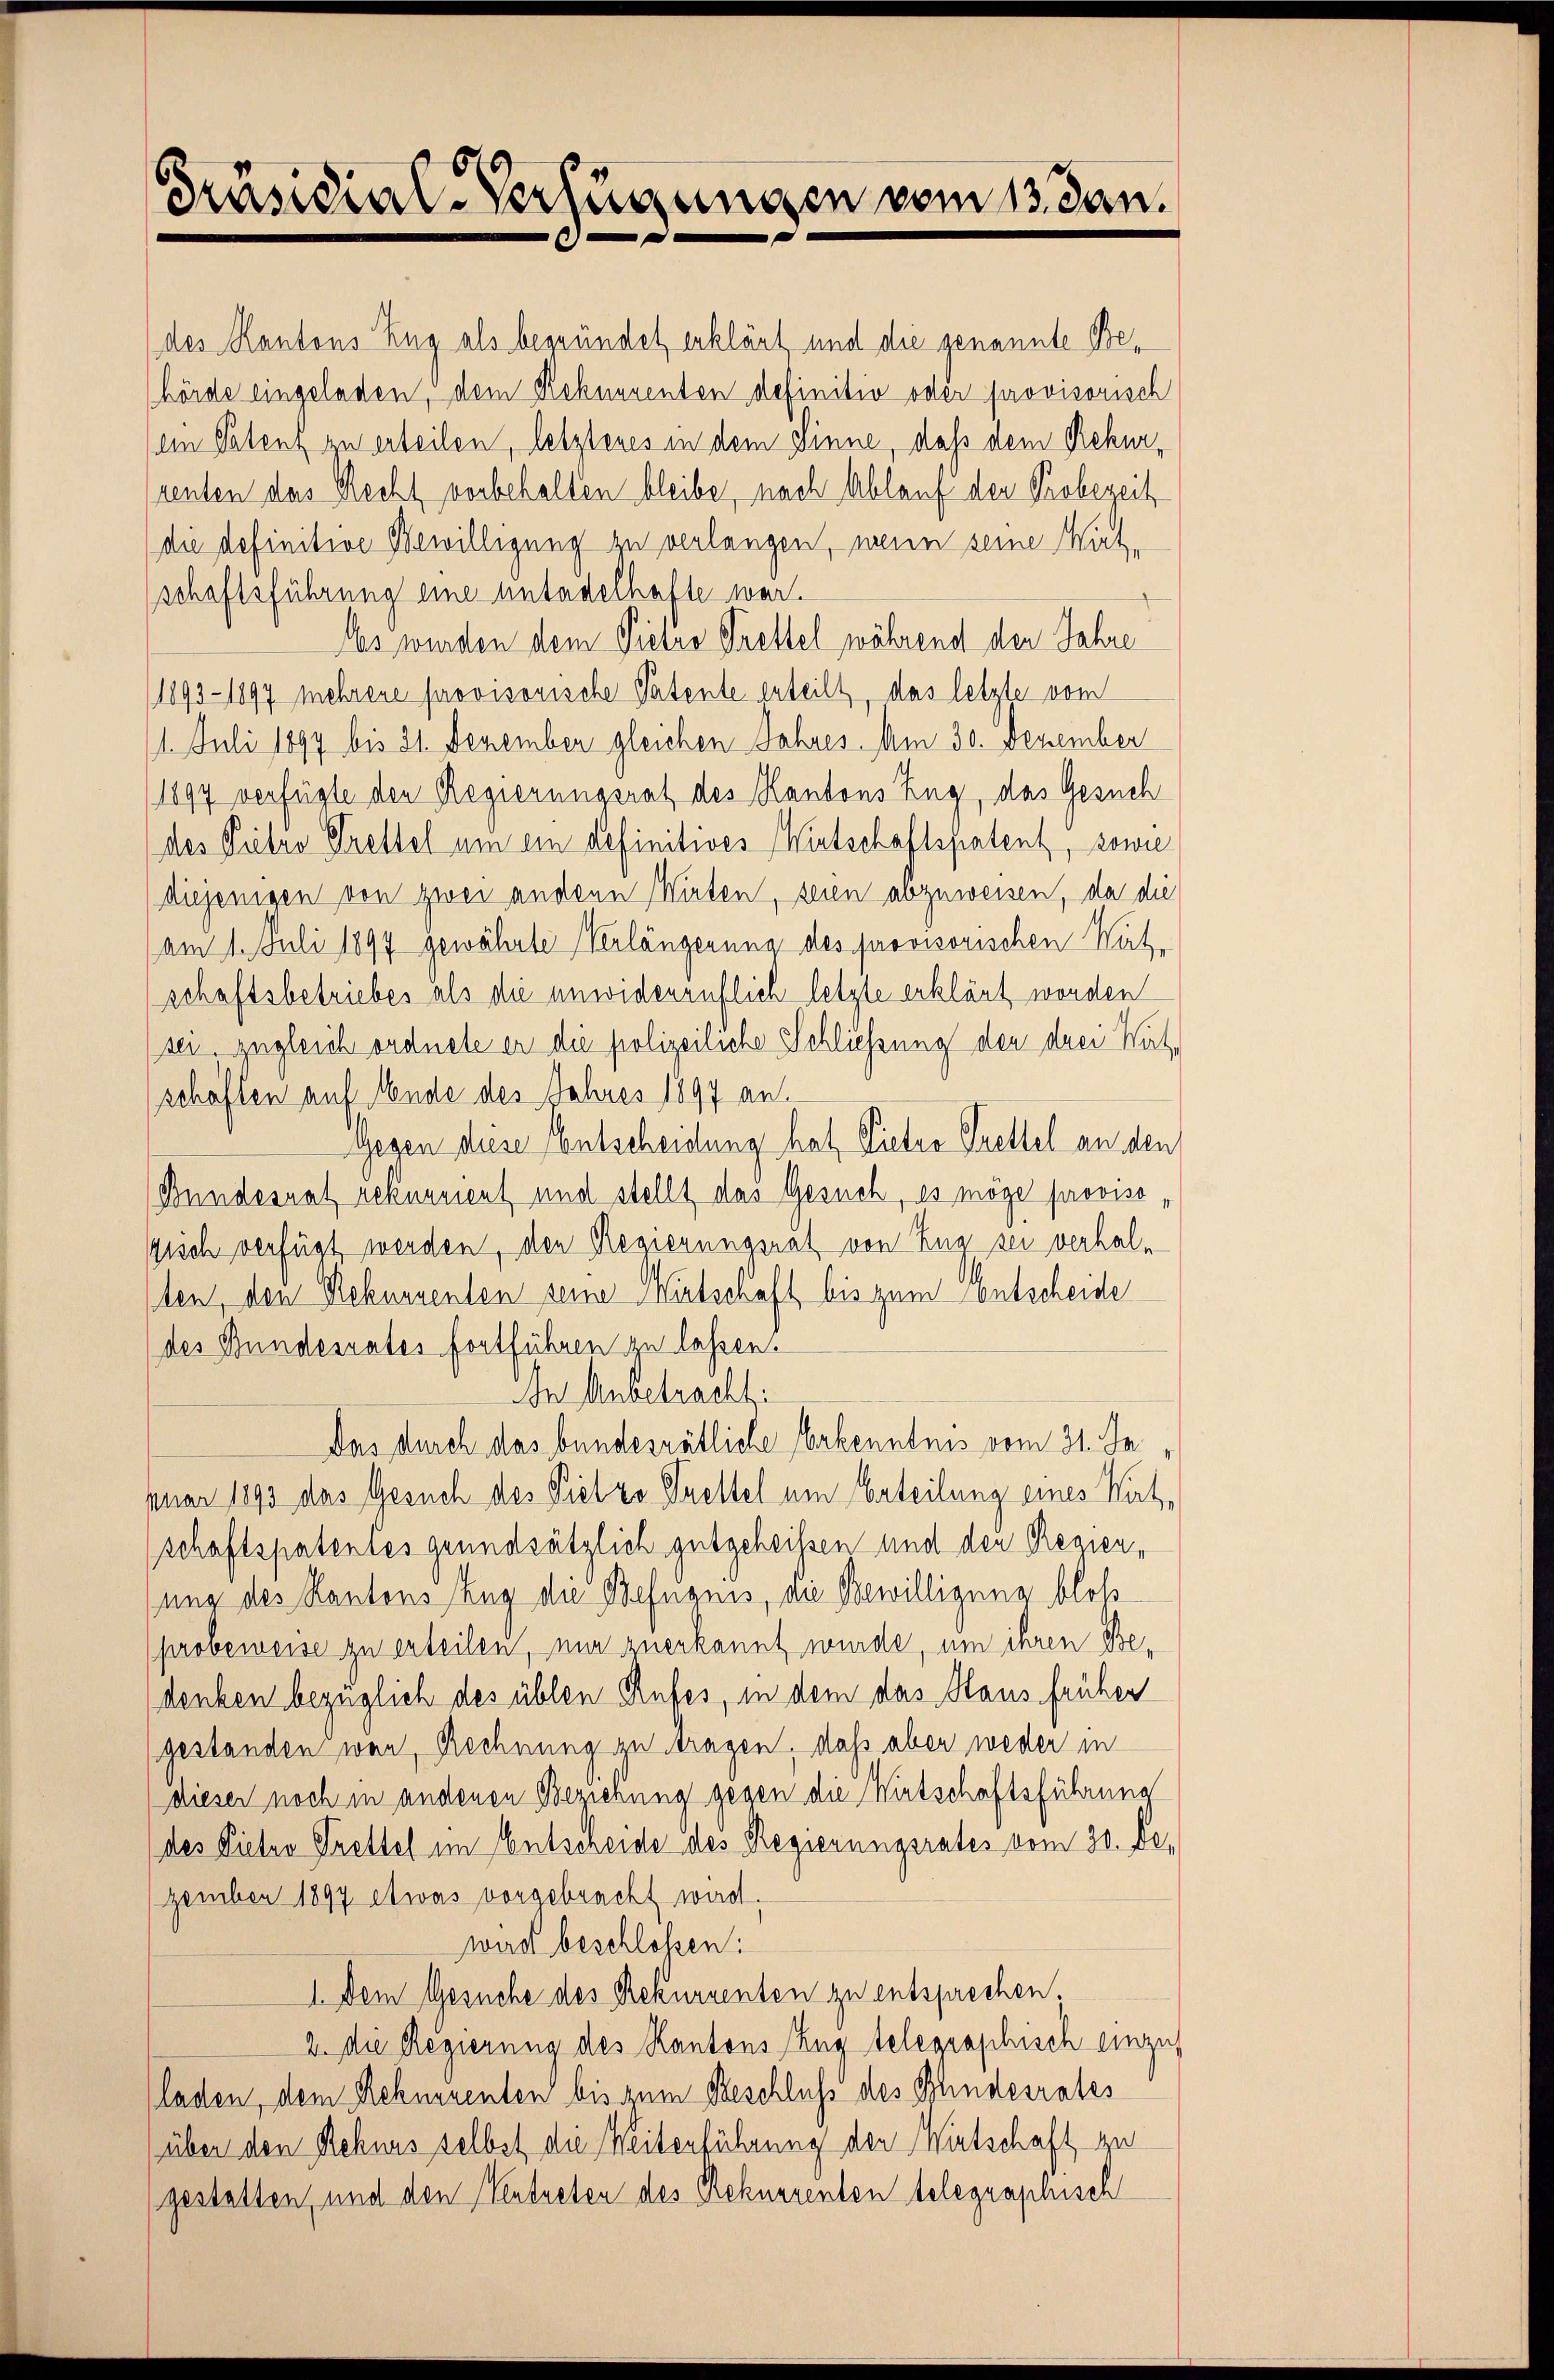
Präsidial-Verfügungen vom 13. Jan.

des Kantons Zug als begründet erklärt und die genannte Behörde eingeladen, dem Rekurrenten definitiv oder provisorisch
ein Patent zu erteilen, letztenes in dem Sinne, daß dem Rekurrenten das Recht vorbehalten bleibe, nach Ablauf der Probezeit
(die definitive Bewilligung zu verlangen, wenn seine Wirt-
(schaftsführung eine untadelhafte war.
Abs wurden dem Pietes Prettel während den Jahre
1893 - 1897 mehrere provisorische Patente erteilt das letzte vom
1. Juli 1899 bis 31. Dezember gleichen Jahres Am 30. Dezember
1897 verfügte den Regierungsrat des Kantons Zug, das Gesuch
des Pietro Prettel um ein definitives Wirtschaftspatent, sowie
diejenigen von zwei andere Wirten, seien abzuweisen, da die
am 1. Juli 1894 gewährte Verlängerung des provisorischen Wäh-
schaftsbetriebes als die unwiderruflich letzte erklärt worden
(ser. zugleich ordnete er die polizeiliche Schliessung den drei Wutschäften auf Mende des Jahres 1897 an.
Gegen diese Entscheidung hat Pieter Brettel an den
Bundesrat rekurrient und stellt das Gesuch, es möge provisosich verfügt werden, den Regierungsrat von Zug sei verhalten, den Rekurrenten seine Wirtschaft bis zum entscheide
des Bundesrates fortführen zu lassen.
In Anbetracht:
Das durch das bundesrätliche Verkenntnis vom 31. Je
nuar 1893 das Gesuch des Pietzo Guettel um Erteilung eines Wirt,
schaftspatentes grundsätzlich gutgeheißen und den Regiensung des Kantons Zug die Befugnis, die Bewilligung bloß
probeweise zu erteilen, nur zuerkannt wurde, um ihren Bedenken bezüglich des üblen Rufes, in dem das Staus früher
gestanden war, Rechnung zu tragen, daß aber weder in
dieser noch in andenen Beziehung gegen die Wirtschaftsführung
des Pieter Trettel im Entscheide des Regierungsrates vom 30. Dezember 1897 etwas vorgebracht wird.
wird beschloßen:
1. Dem Gesuche des Rekurrenten zu entsprechen
2. die Regierung des Kantons Zug telegraphisch einzus
laden, dem Rechnenenten bis zum Beschluß des Bundesrates
über den Rekurs selbst die Weiterführung der Wirtschaft zu
gestatten, und den Vertreten des Rekurrenten telegraphisch